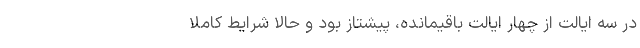
در سه ایالت از چهار ایالت باقیمانده، پیشتاز بود و حالا شرایط کاملا